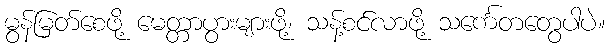
မွန်မြတ်စေဖို့ မေတ္တာပွားများဖို့၊ သန့်စင်လာဖို့ သင်္ကေတတွေပါပဲ။